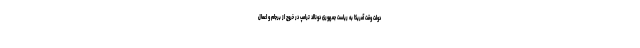
دولت وقت آمریکا به ریاست جمهوری دونالد ترامپ در خروج از برجام و اعمال